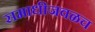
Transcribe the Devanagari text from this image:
समाधीजवळच